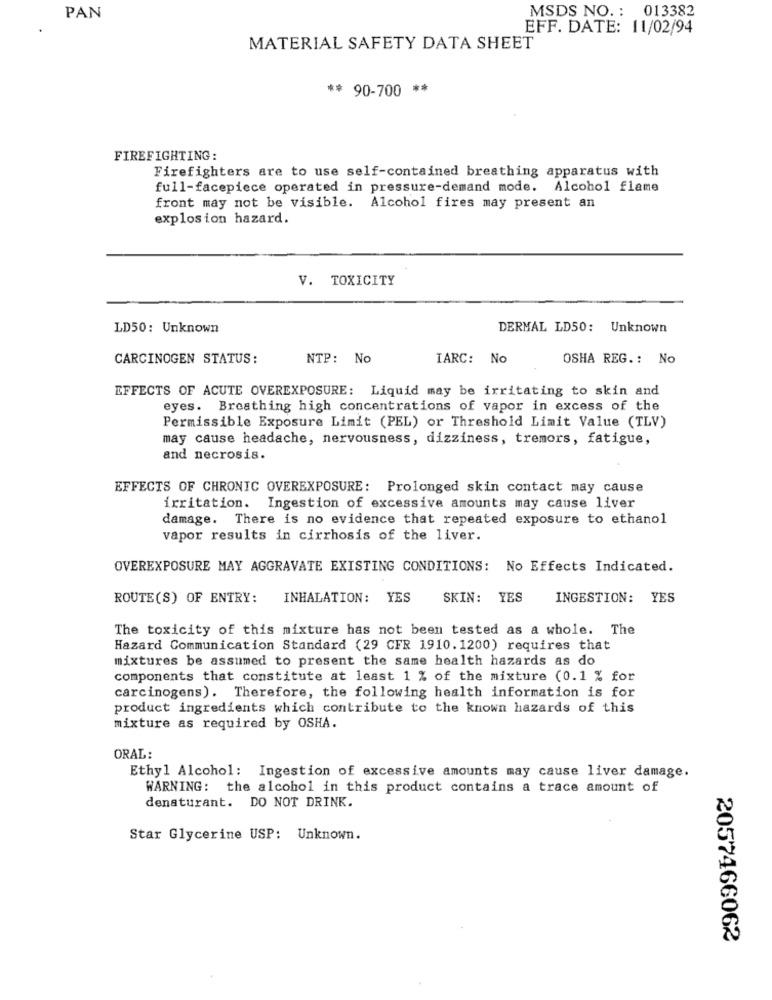
MSDS NO .: 013382
PAN
EFF. DATE: 11/02/94
MATERIAL SAFETY DATA SHEET
** 90-700 **
FIREFIGHTING:
Firefighters are to use self-contained breathing apparatus with
full-facepiece operated in pressure-demand mode. Alcohol flame
front may not be visible. Alcohol fires may present an
explosion hazard.
V. TOXICITY
LD50: Unknown
DERMAL LD50: Unknown
CARCINOGEN STATUS:
NTP: No
IARC: No
OSHA REG .: No
EFFECTS OF ACUTE OVEREXPOSURE: Liquid may be irritating to skin and
eyes. Breathing high concentrations of vapor in excess of the
Permissible Exposure Limit (PEL) or Threshold Limit Value (TLV)
may cause headache, nervousness, dizziness, tremors, fatigue,
and necrosis.
EFFECTS OF CHRONIC OVEREXPOSURE: Prolonged skin contact may cause
irritation. Ingestion of excessive amounts may cause liver
damage. There is no evidence that repeated exposure to ethanol
vapor results in cirrhosis of the liver.
OVEREXPOSURE MAY AGGRAVATE EXISTING CONDITIONS: No Effects Indicated.
ROUTE(S) OF ENTRY:
INHALATION: YES
SKIN: YES
INGESTION: YES
The toxicity of this mixture has not been tested as a whole. The
Hazard Communication Standard (29 CFR 1910.1200) requires that
mixtures be assumed to present the same health hazards as do
components that constitute at least 1 % of the mixture (0.1 % for
carcinogens). Therefore, the following health information is for
product ingredients which contribute to the known hazards of this
mixture as required by OSHA.
ORAL:
Ethyl Alcohol: Ingestion of excessive amounts may cause liver damage.
WARNING: the alcohol in this product contains a trace amount of
denaturant. DO NOT DRINK.
Star Glycerine USP: Unknown.
2057466062